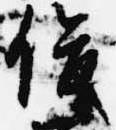
俊